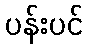
ပန်းပင်